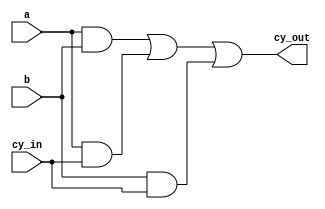
module carry(cy_out, a, b, cy_in);
	input a,b,cy_in;
	output cy_out;

	wire t1,t2,t3;

	and g1(t1,a,b);
	and g2(t2,a,cy_in);
	and g3(t3,b,cy_in);

	or g4(cy_out,t1,t2,t3);

endmodule